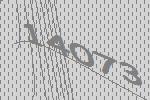
14073